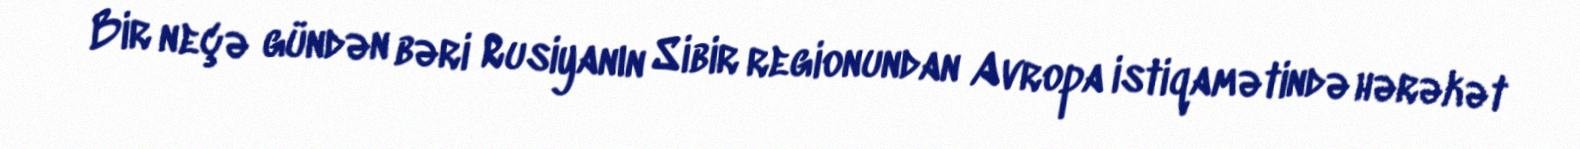
Bir neçə gündən bəri Rusiyanın Sibir regionundan Avropa istiqamətində hərəkət